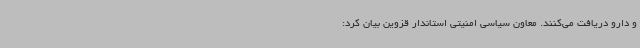
و دارو دریافت می‌کنند. معاون سیاسی امنیتی استاندار قزوین بیان کرد: